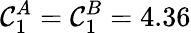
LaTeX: \mathcal{C}_{1}^{A}=\mathcal{C}_{1}^{B}=4.36